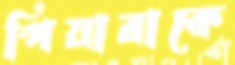
পিয়ারাকে